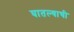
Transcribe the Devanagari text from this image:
घातल्याची